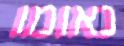
נאומו